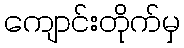
ကျောင်းတိုက်မှ